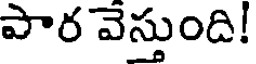
పార వెస్తుంది!